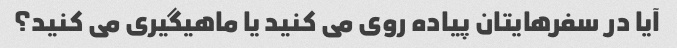
آیا در سفرهایتان پیاده روی می کنید یا ماهیگیری می کنید؟